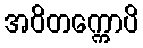
အဝိတက္ကောပိ